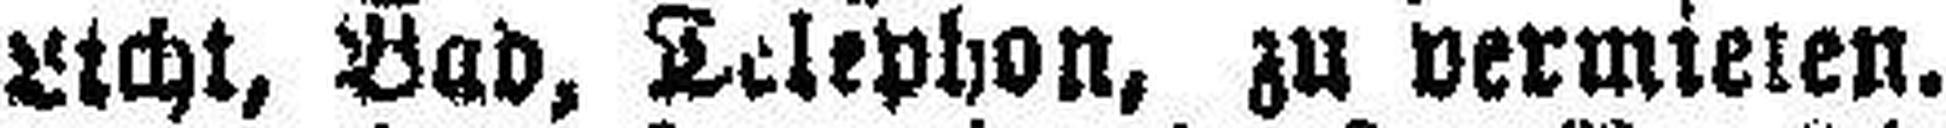
Licht, Bad, Telephon, zu vermieten.